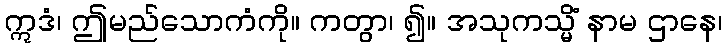
ဣဒံ၊ ဤမည်သောကံကို။ ကတွာ၊ ၍။ အသုကသ္မိံ နာမ ဌာနေ၊